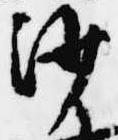
沙